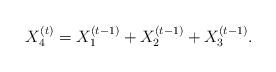
LaTeX: \begin{align*}X_4^{(t)}=X_1^{(t-1)}+X_2^{(t-1)}+X_3^{(t-1)}.\end{align*}